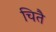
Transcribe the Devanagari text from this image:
चितै